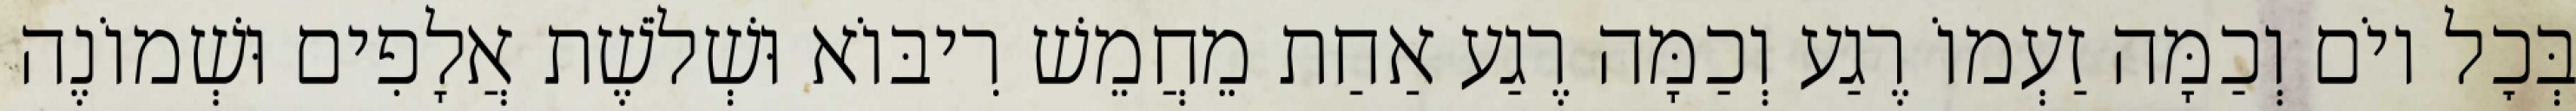
בְּכׇל יוֹם וְכַמָּה זַעְמוֹ רֶגַע וְכַמָּה רֶגַע אַחַת מֵחֲמֵשׁ רִיבּוֹא וּשְׁלֹשֶׁת אֲלָפִים וּשְׁמוֹנֶה